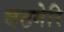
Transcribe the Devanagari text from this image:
बटगेरि